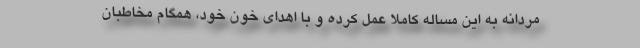
مردانه به این مساله کاملا عمل کرده و با اهدای خون خود، همگام مخاطبان